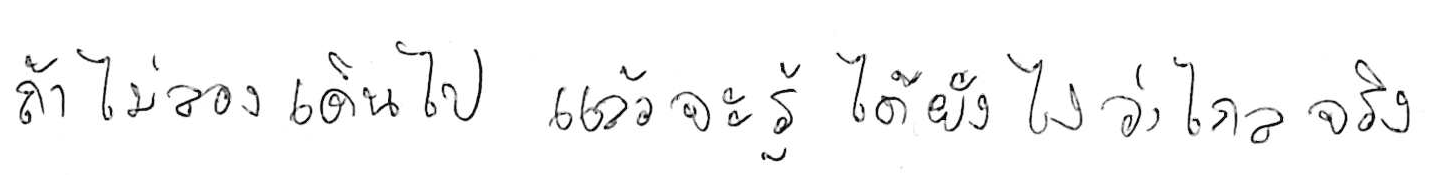
ถ้าไม่ลองเดินไป แล้วจะรู้ได้ยังไงว่าไกลจริง